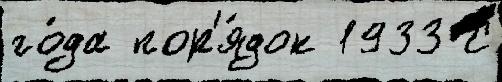
го́да пор'я́док 1933 С